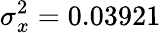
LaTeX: \sigma_{x}^{2}=0.03921